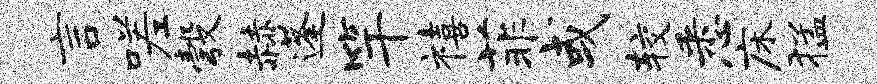
言嗟彀赫蓬竿禧菲或较悉床猛